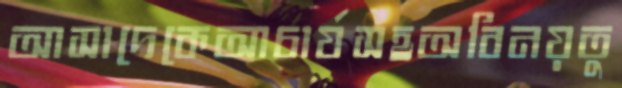
আসাদেকেআচার্যসহঅবিনয়তু